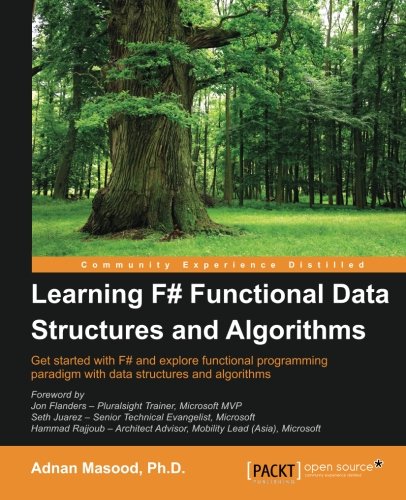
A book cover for Learning F# Functional Data Structures and Algorithms; Adnan Masood; Computers & Technology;